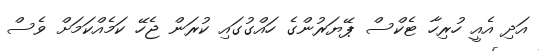
އަދި އެއީ ހުރިހާ ޓެކްސް ޕޭޔަރުންގެ ހައްގުގައި ކުރަން ޖެހޭ ކަމެއްކަމަށް ވެސް